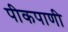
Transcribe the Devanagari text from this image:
पीकपाणी